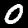
Digit: 0